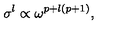
\sigma ^ { l } \propto \omega ^ { p + l ( p + 1 ) } ,